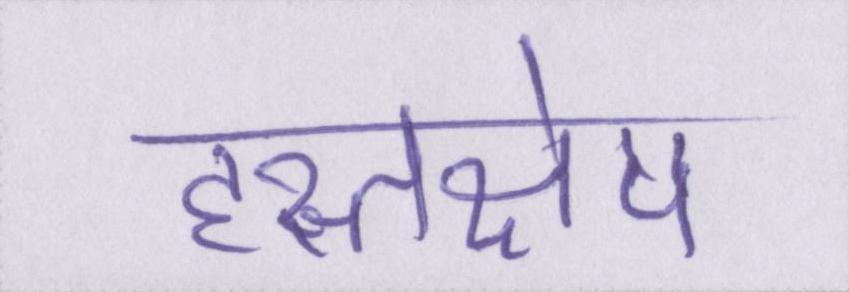
हस्तक्षेप